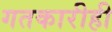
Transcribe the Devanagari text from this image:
गतकारीही